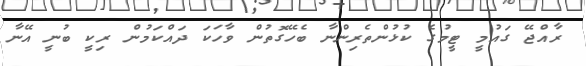
ރާއްޖޭ ގައުމީ ޓީމުގެ ކުޅުންތެރިންނާ ބެހޭގޮތުން ވާހަކަ ދައްކަމުން ރިކީ ބުނީ އޭނާ